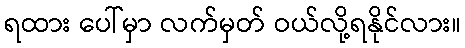
ရထား ပေါ်မှာ လက်မှတ် ဝယ်လို့ရနိုင်လား။